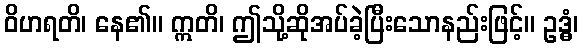
ဝိဟရတိ၊ နေ၏။ ဣတိ၊ ဤသို့ဆိုအပ်ခဲ့ပြီးသောနည်းဖြင့်။ ဥဒ္ဓံ၊